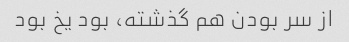
از سر بودن هم گذشته، بود یخ بود